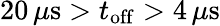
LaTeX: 20\, \mu\mathrm{s}>t_{\mathrm{off}}>4\, \mu\mathrm{s}